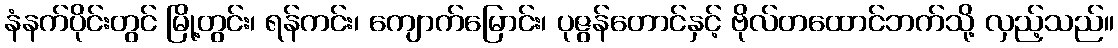
နံနက်ပိုင်းတွင် မြို့တွင်း၊ ရန်ကင်း၊ ကျောက်မြောင်း၊ ပုဇွန်တောင်နှင့် ဗိုလ်တထောင်ဘက်သို့ လှည့်သည်။